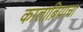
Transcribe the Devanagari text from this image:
कालाब्रियाचा